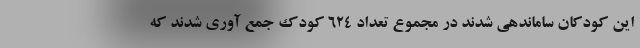
این کودکان ساماندهی شدند در مجموع تعداد ۶۲۴ کودک جمع آوری شدند که